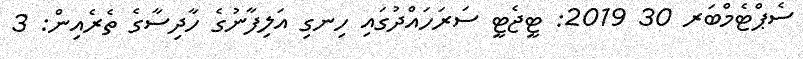
ސެޕްޓެމްބަރ 30 2019: ޓީޖެޓީ ސަރަހައްދުގައި ހިނގި އަލިފާނުގެ ހާދިސާގެ ތެރެއިން: 3